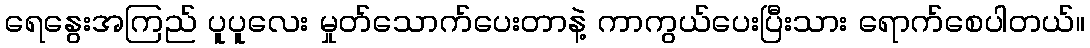
ရေနွေးအကြည် ပူပူလေး မှုတ်သောက်ပေးတာနဲ့ ကာကွယ်ပေးပြီးသား ရောက်စေပါတယ်။